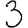
Digit: 3